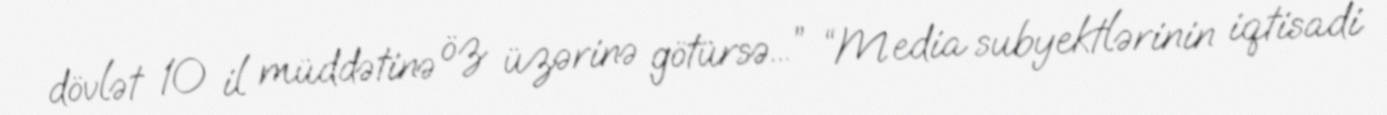
dövlət 10 il müddətinə öz üzərinə götürsə...” “Media subyektlərinin iqtisadi